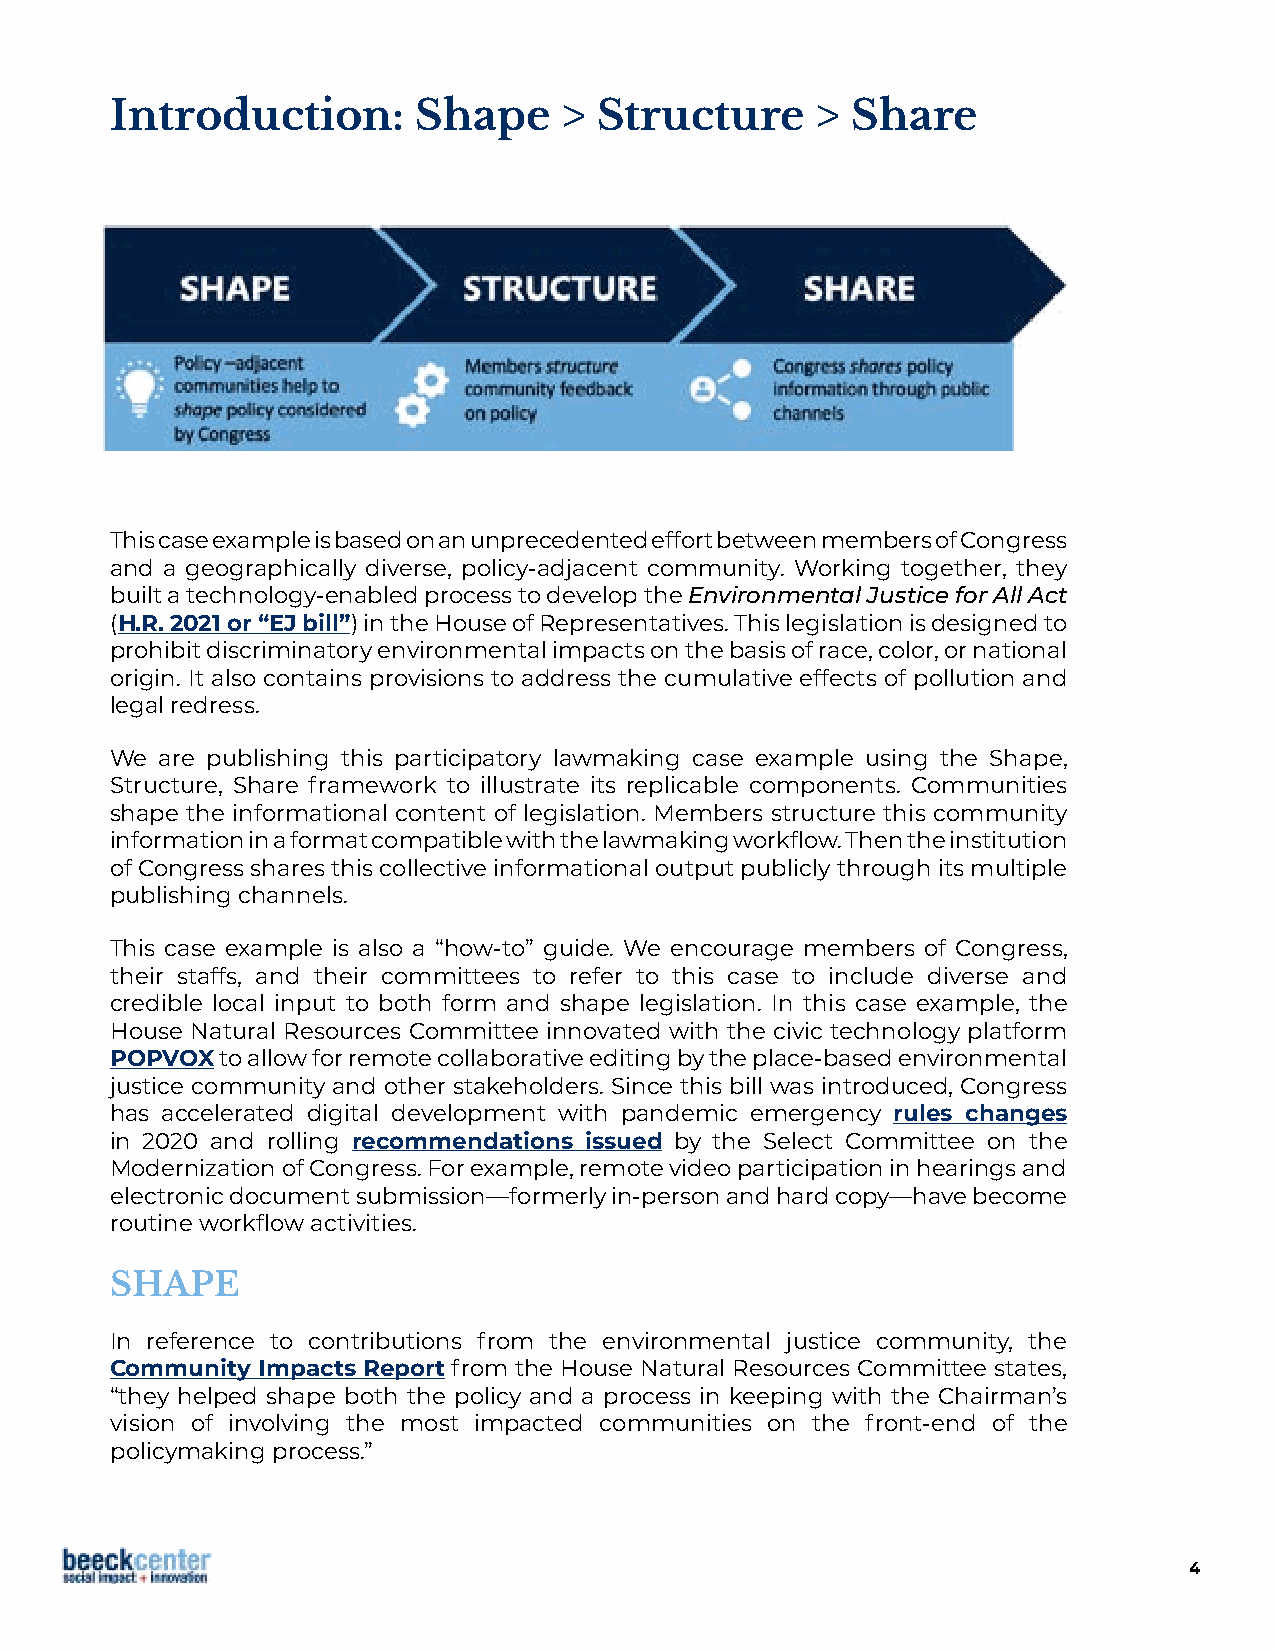
Introduction:        Shape    >  Structure     > Share
 This case example is based on an unprecedented effort between members of Congress
 and a geographically diverse, policy-adjacent community. Working together, they
 built a technology-enabled process to develop the Environmental Justice for All Act
 (H.R. 2021 or “EJ bill”) in the House of Representatives. This legislation is designed to
 prohibit discriminatory environmental impacts on the basis of race, color, or national
 origin. It also contains provisions to address the cumulative effects of pollution and
 legal redress.
 We  are publishing this participatory lawmaking case example using the Shape,
 Structure, Share framework to illustrate its replicable components. Communities
 shape the informational content of legislation. Members structure this community
 information in a format compatible with the lawmaking workflow. Then the institution
 of Congress shares this collective informational output publicly through its multiple
 publishing channels.
 This case example is also a “how-to” guide. We encourage members of Congress,
 their staffs, and their committees to refer to this case to include diverse and
 credible local input to both form and shape legislation. In this case example, the
 House Natural Resources Committee innovated with the civic technology platform
 POPVOX  to allow for remote collaborative editing by the place-based environmental
 justice community and other stakeholders. Since this bill was introduced, Congress
 has accelerated digital development with pandemic emergency rules changes
 in 2020 and rolling recommendations issued by the Select Committee on the
 Modernization of Congress. For example, remote video participation in hearings and
 electronic document submission—formerly in-person and hard copy—have become
 routine workflow activities.
 SHAPE
 In reference to contributions from the environmental justice community, the
 Community Impacts Report from the House Natural Resources Committee states,
 “they helped shape both the policy and a process in keeping with the Chairman’s
 vision of involving the most impacted communities on the front-end of the
 policymaking process.”
 4